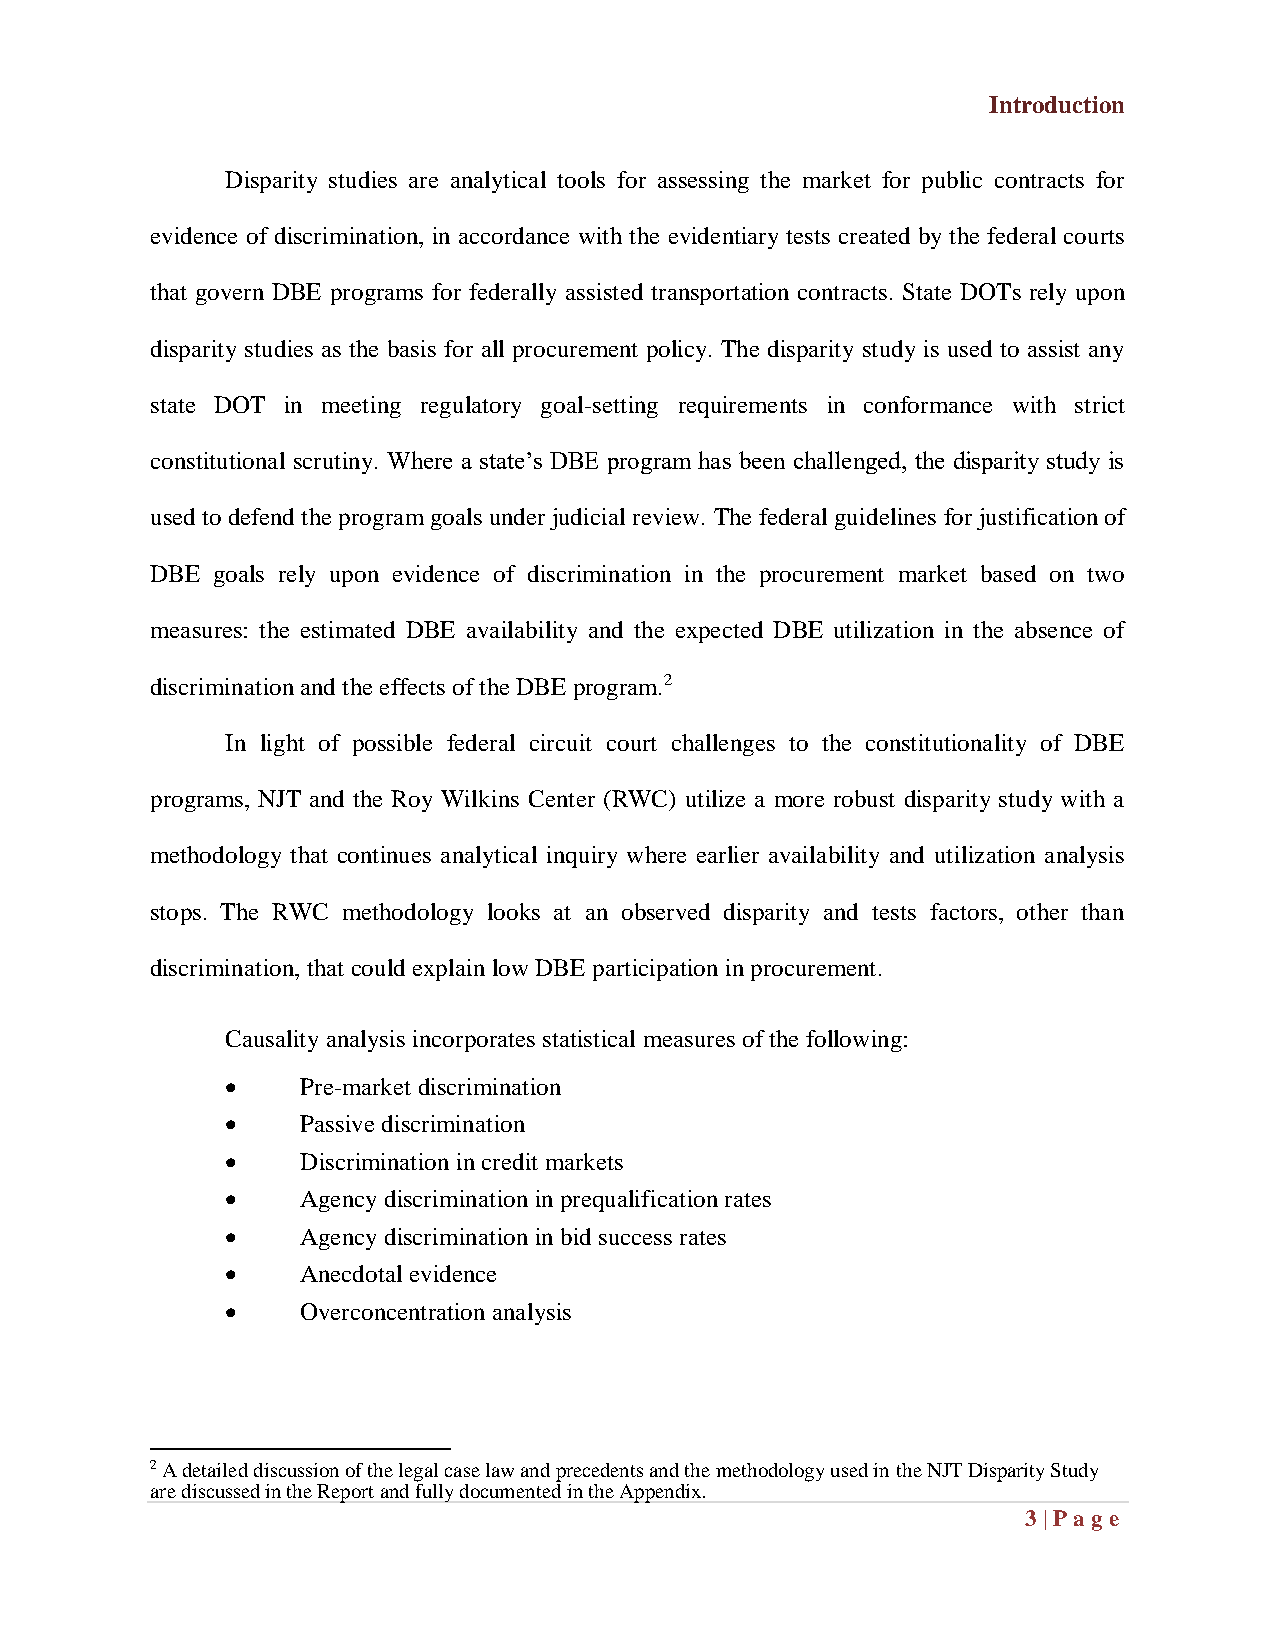
Introduction
 Disparity studies are analytical tools for assessing the market for public contracts for
 evidence of discrimination, in accordance with the evidentiary tests created by the federal courts
 that govern DBE programs for federally assisted transportation contracts. State DOTs rely upon
 disparity studies as the basis for all procurement policy. The disparity study is used to assist any
 state DOT in meeting regulatory goal-setting requirements in conformance with strict
 constitutional scrutiny. Where a state’s DBE program has been challenged, the disparity study is
 used to defend the program goals under judicial review. The federal guidelines for justification of
 DBE goals rely upon evidence of discrimination in the procurement market based on two
 measures: the estimated DBE availability and the expected DBE utilization in the absence of
 discrimination and the effects of the DBE program.2
 In light of possible federal circuit court challenges to the constitutionality of DBE
 programs, NJT and the Roy Wilkins Center (RWC) utilize a more robust disparity study with a
 methodology that continues analytical inquiry where earlier availability and utilization analysis
 stops. The RWC methodology looks at an observed disparity and tests factors, other than
 discrimination, that could explain low DBE participation in procurement.
 Causality analysis incorporates statistical measures of the following:
     Pre-market discrimination
     Passive discrimination
     Discrimination in credit markets
     Agency discrimination in prequalification rates
     Agency discrimination in bid success rates
     Anecdotal evidence
     Overconcentration analysis
 2 A detailed discussion of the legal case law and precedents and the methodology used in the NJT Disparity Study
 are discussed in the Report and fully documented in the Appendix.
 3 | Pag e